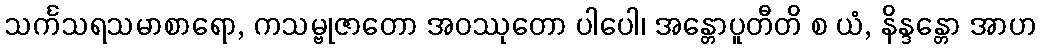
သင်္ကသရသမာစာရော, ကသမ္ဗုဇာတော အဝဿုတော ပါပေါ၊ အန္တောပူတီတိ စ ယံ, နိန္ဒန္တော အာဟ